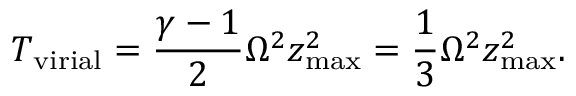
T _ { \mathrm { v i r i a l } } = \frac { \gamma - 1 } { 2 } \Omega ^ { 2 } z _ { \mathrm { m a x } } ^ { 2 } = \frac { 1 } { 3 } \Omega ^ { 2 } z _ { \mathrm { m a x } } ^ { 2 } .